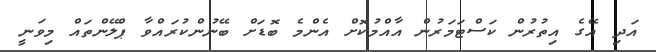
އަދި އޭގެ އިތުރުން ކަސްޓަމަރުން އާއްމުކޮށް އެންމެ ބޮޑަށް ބޭނުންކުރައްވާ ޕްލޭންތައް މިވަނީ